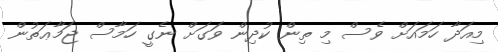
މިއަދާ ހަމައަށް ވެސް މި ތިން ކުދިން ވަގަށް ނެގީ ހަމާސް ޖަމާޢަތުން